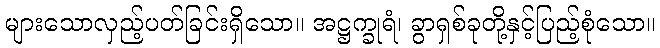
များသောလှည့်ပတ်ခြင်းရှိသော။ အဋ္ဌက္ခုရံ၊ ခွာရှစ်ခုတို့နှင့်ပြည့်စုံသော။